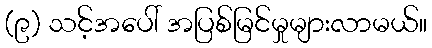
(၉) သင့်အပေါ် အပြစ်မြင်မှုများလာမယ်။